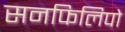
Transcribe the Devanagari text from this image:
सनफिलिपो